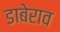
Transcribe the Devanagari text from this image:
डाबेराव